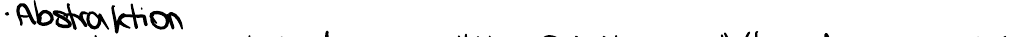
Abstraktion